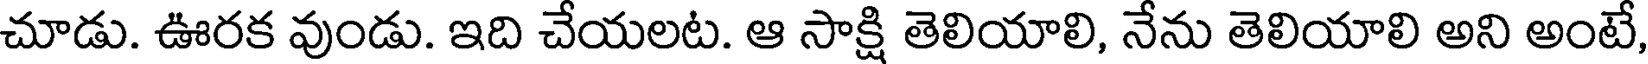
చూడు. ఊరక వుండు. ఇది చేయలట. ఆ సాక్షి తెలియాలి, నేను తెలియాలి అని అంటే